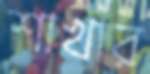
শাখার